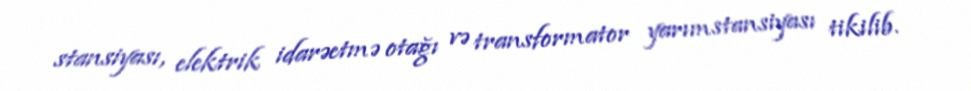
stansiyası, elektrik idarəetmə otağı və transformator yarımstansiyası tikilib.